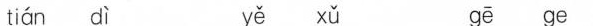
tián dì yě xǔ gē ge